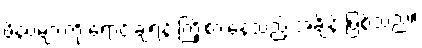
ဖိနပ်များကို ရောင်းချရန် ကြိုးစားနေသည့် အချိန် ဖြစ်သည်။